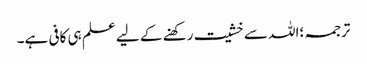
ترجمہ ؛اللہ سے خشیت رکھنے کے لیے علم ہی کافی ہے۔